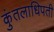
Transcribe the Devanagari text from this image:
कुंतलाधिपती